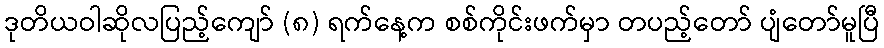
ဒုတိယဝါဆိုလပြည့်ကျော် (၈) ရက်နေ့က စစ်ကိုင်းဖက်မှာ တပည့်တော် ပျံတော်မူပြီ